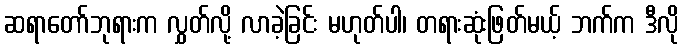
ဆရာတော်ဘုရားက လွှတ်လို့ လာခဲ့ခြင်း မဟုတ်ပါ၊ တရားဆုံးဖြတ်မယ့် ဘက်က ဒီလို